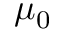
\mu _ { 0 }